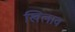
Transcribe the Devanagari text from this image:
खिलाव